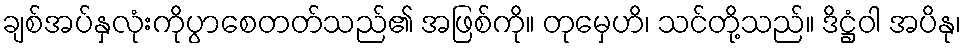
ချစ်အပ်နှလုံးကိုပွာစေတတ်သည်၏ အဖြစ်ကို။ တုမှေဟိ၊ သင်တို့သည်။ ဒိဋ္ဌံဝါ အပိနု၊